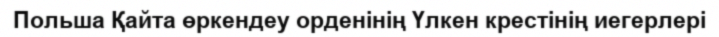
Польша Қайта өркендеу орденінің Үлкен крестінің иегерлері